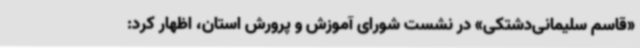
«قاسم سلیمانی‌دشتکی» در نشست شورای آموزش و پرورش استان، اظهار کرد: